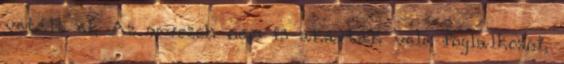
vetélt el. Az orvosok nem is akartak vele foglalkozni,